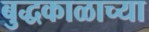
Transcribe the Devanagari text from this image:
बुद्धकाळाच्या